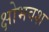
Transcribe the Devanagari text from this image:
क्षोभवश